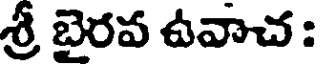
శ్రీ బైరవ ఉవాచ :